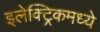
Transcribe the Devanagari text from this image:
इलेक्ट्रिकमध्ये